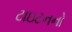
ટાઇટનનો